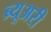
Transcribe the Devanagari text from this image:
ब्र्यूअरी